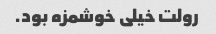
رولت خیلی خوشمزه بود.